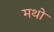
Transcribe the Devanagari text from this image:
मथो